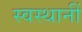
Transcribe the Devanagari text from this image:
स्वस्थानीं